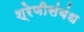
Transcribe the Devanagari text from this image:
श्रेणीसंबंध